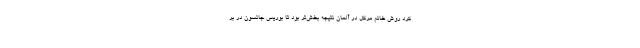
کرد روش خانم مرکل در آلمان نتیجه بخش‌تر بود تا بوریس جانسون در بر